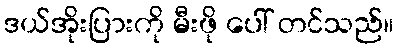
ဒယ်အိုးပြားကို မီးဖို ပေါ် တင်သည်။